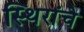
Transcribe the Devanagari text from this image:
स्थिरांचे